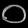
Digit: ၀